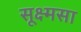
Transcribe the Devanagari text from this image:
सूक्ष्मसा